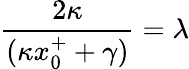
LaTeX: {\frac{2\kappa}{(\kappa x_{0}^{+}+\gamma)}}=\lambda